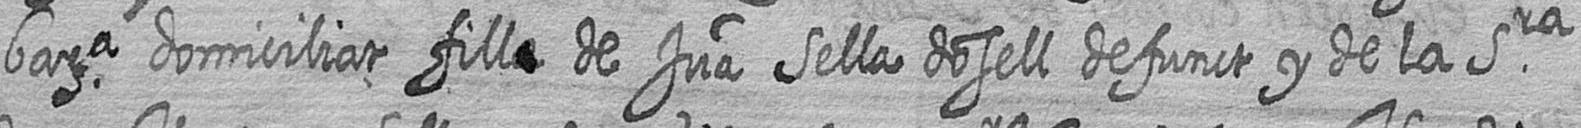
bara domiciliat fill# de Jua Sella dosell defunct y de la Sra